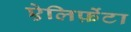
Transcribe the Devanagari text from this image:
ऐलिफ़ेंटा